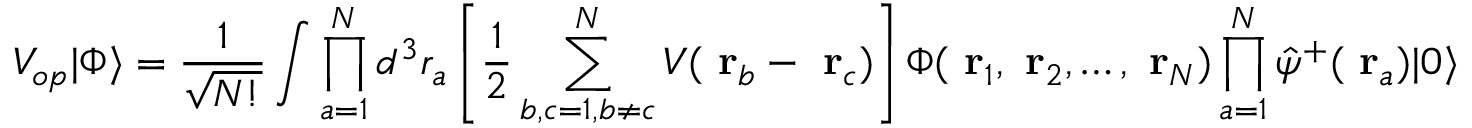
V _ { o p } | \Phi \rangle = \frac { 1 } { \sqrt { N ! } } \int \prod _ { a = 1 } ^ { N } d ^ { 3 } r _ { a } \left[ \frac { 1 } { 2 } \sum _ { b , c = 1 , b \ne c } ^ { N } V ( \mathrm { \bf ~ r } _ { b } - \mathrm { \bf ~ r } _ { c } ) \right] \Phi ( \mathrm { \bf ~ r } _ { 1 } , \mathrm { \bf ~ r } _ { 2 } , \dots , \mathrm { \bf ~ r } _ { N } ) \prod _ { a = 1 } ^ { N } \hat { \psi } ^ { + } ( \mathrm { \bf ~ r } _ { a } ) | 0 \rangle